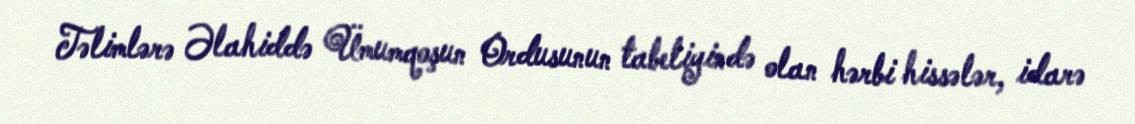
Təlimlərə Əlahiddə Ümumqoşun Ordusunun tabeliyində olan hərbi hissələr, idarə